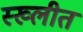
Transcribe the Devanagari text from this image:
स्ख्लीत